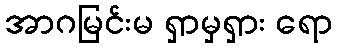
အာဂမြင်းမ ရှာမှရှား ရော